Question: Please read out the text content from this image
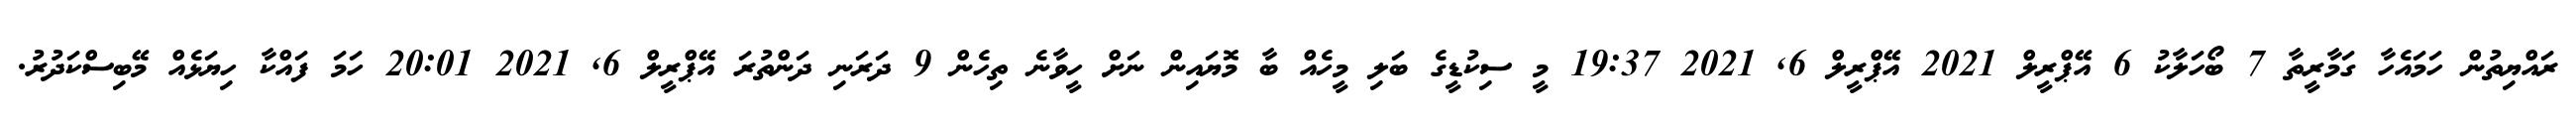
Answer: ރައްޔިތުން ހަމައެހާ ގަމާރީތާ 7 ބޯހަލާކު 6 އޭޕްރީލް 2021 އޭޕްރީލް 6, 2021 19:37 މީ ސިކުޑީގެ ބަލި މީހެއް ބާ މޮޔައިން ނަށް ހީވާނެ ތިހެން 9 ދަރަނި ދަންތުރަ އޭޕްރީލް 6, 2021 20:01 ހަމަ ފައްކާ ހިޔަޅެއް މޭބިސްކަދުރު.